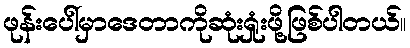
ဖုန်းပေါ်မှာဒေတာကိုဆုံးရှုံးဖို့ဖြစ်ပါတယ်။